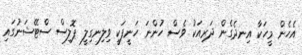
އެހެން މީހަކާ އިނދެގެން ދަރިއަކު ވެސް ހުންނަ ހަނީފަކީ ވިލިނގިލީ ޕޮލިސް ސްޓޭޝަނުގައި